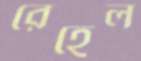
রেহেল